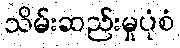
သိမ်းဆည်းမှုပုံစံ